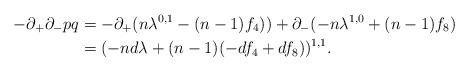
LaTeX: \begin{align*} -\partial_+\partial_- pq &= -\partial_+(n\lambda^{0,1}-(n-1)f_4))+ \partial_-(-n\lambda^{1,0}+(n-1)f_8) \\&= (-nd\lambda + (n-1)(-df_4+df_8))^{1,1}.\end{align*}